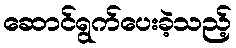
ဆောင်ရွက်ပေးခဲ့သည့်